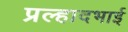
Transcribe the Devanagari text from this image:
प्रल्हादभाई